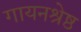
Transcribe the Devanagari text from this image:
गायनश्रेष्ठ